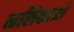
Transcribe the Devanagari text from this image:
नलिकाआें